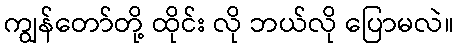
ကျွန်တော်တို့ ထိုင်း လို ဘယ်လို ပြောမလဲ။